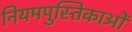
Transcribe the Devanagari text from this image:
नियमपुस्तिकाओं